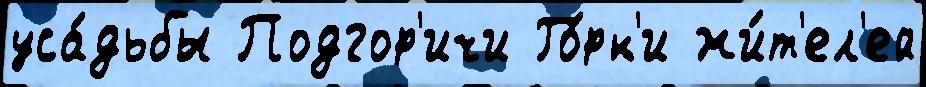
уса́дьбы Подгор'ичи Го́рк'и жи́т'ел'ей